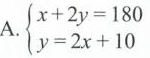
A.$$\left\{ \begin{matrix} x+2y=180 \\ y=2x+10 \\ \end{matrix} \right.$$